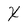
Character: X